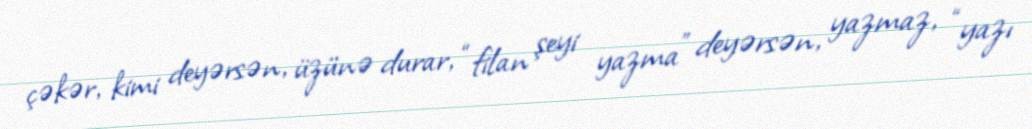
çəkər, kimi deyərsən, üzünə durar, “filan şeyi yazma” deyərsən, yazmaz, “yazı